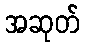
အဆုတ်